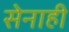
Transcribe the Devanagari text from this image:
सेनाही